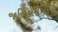
જાતિકોરીબીયા